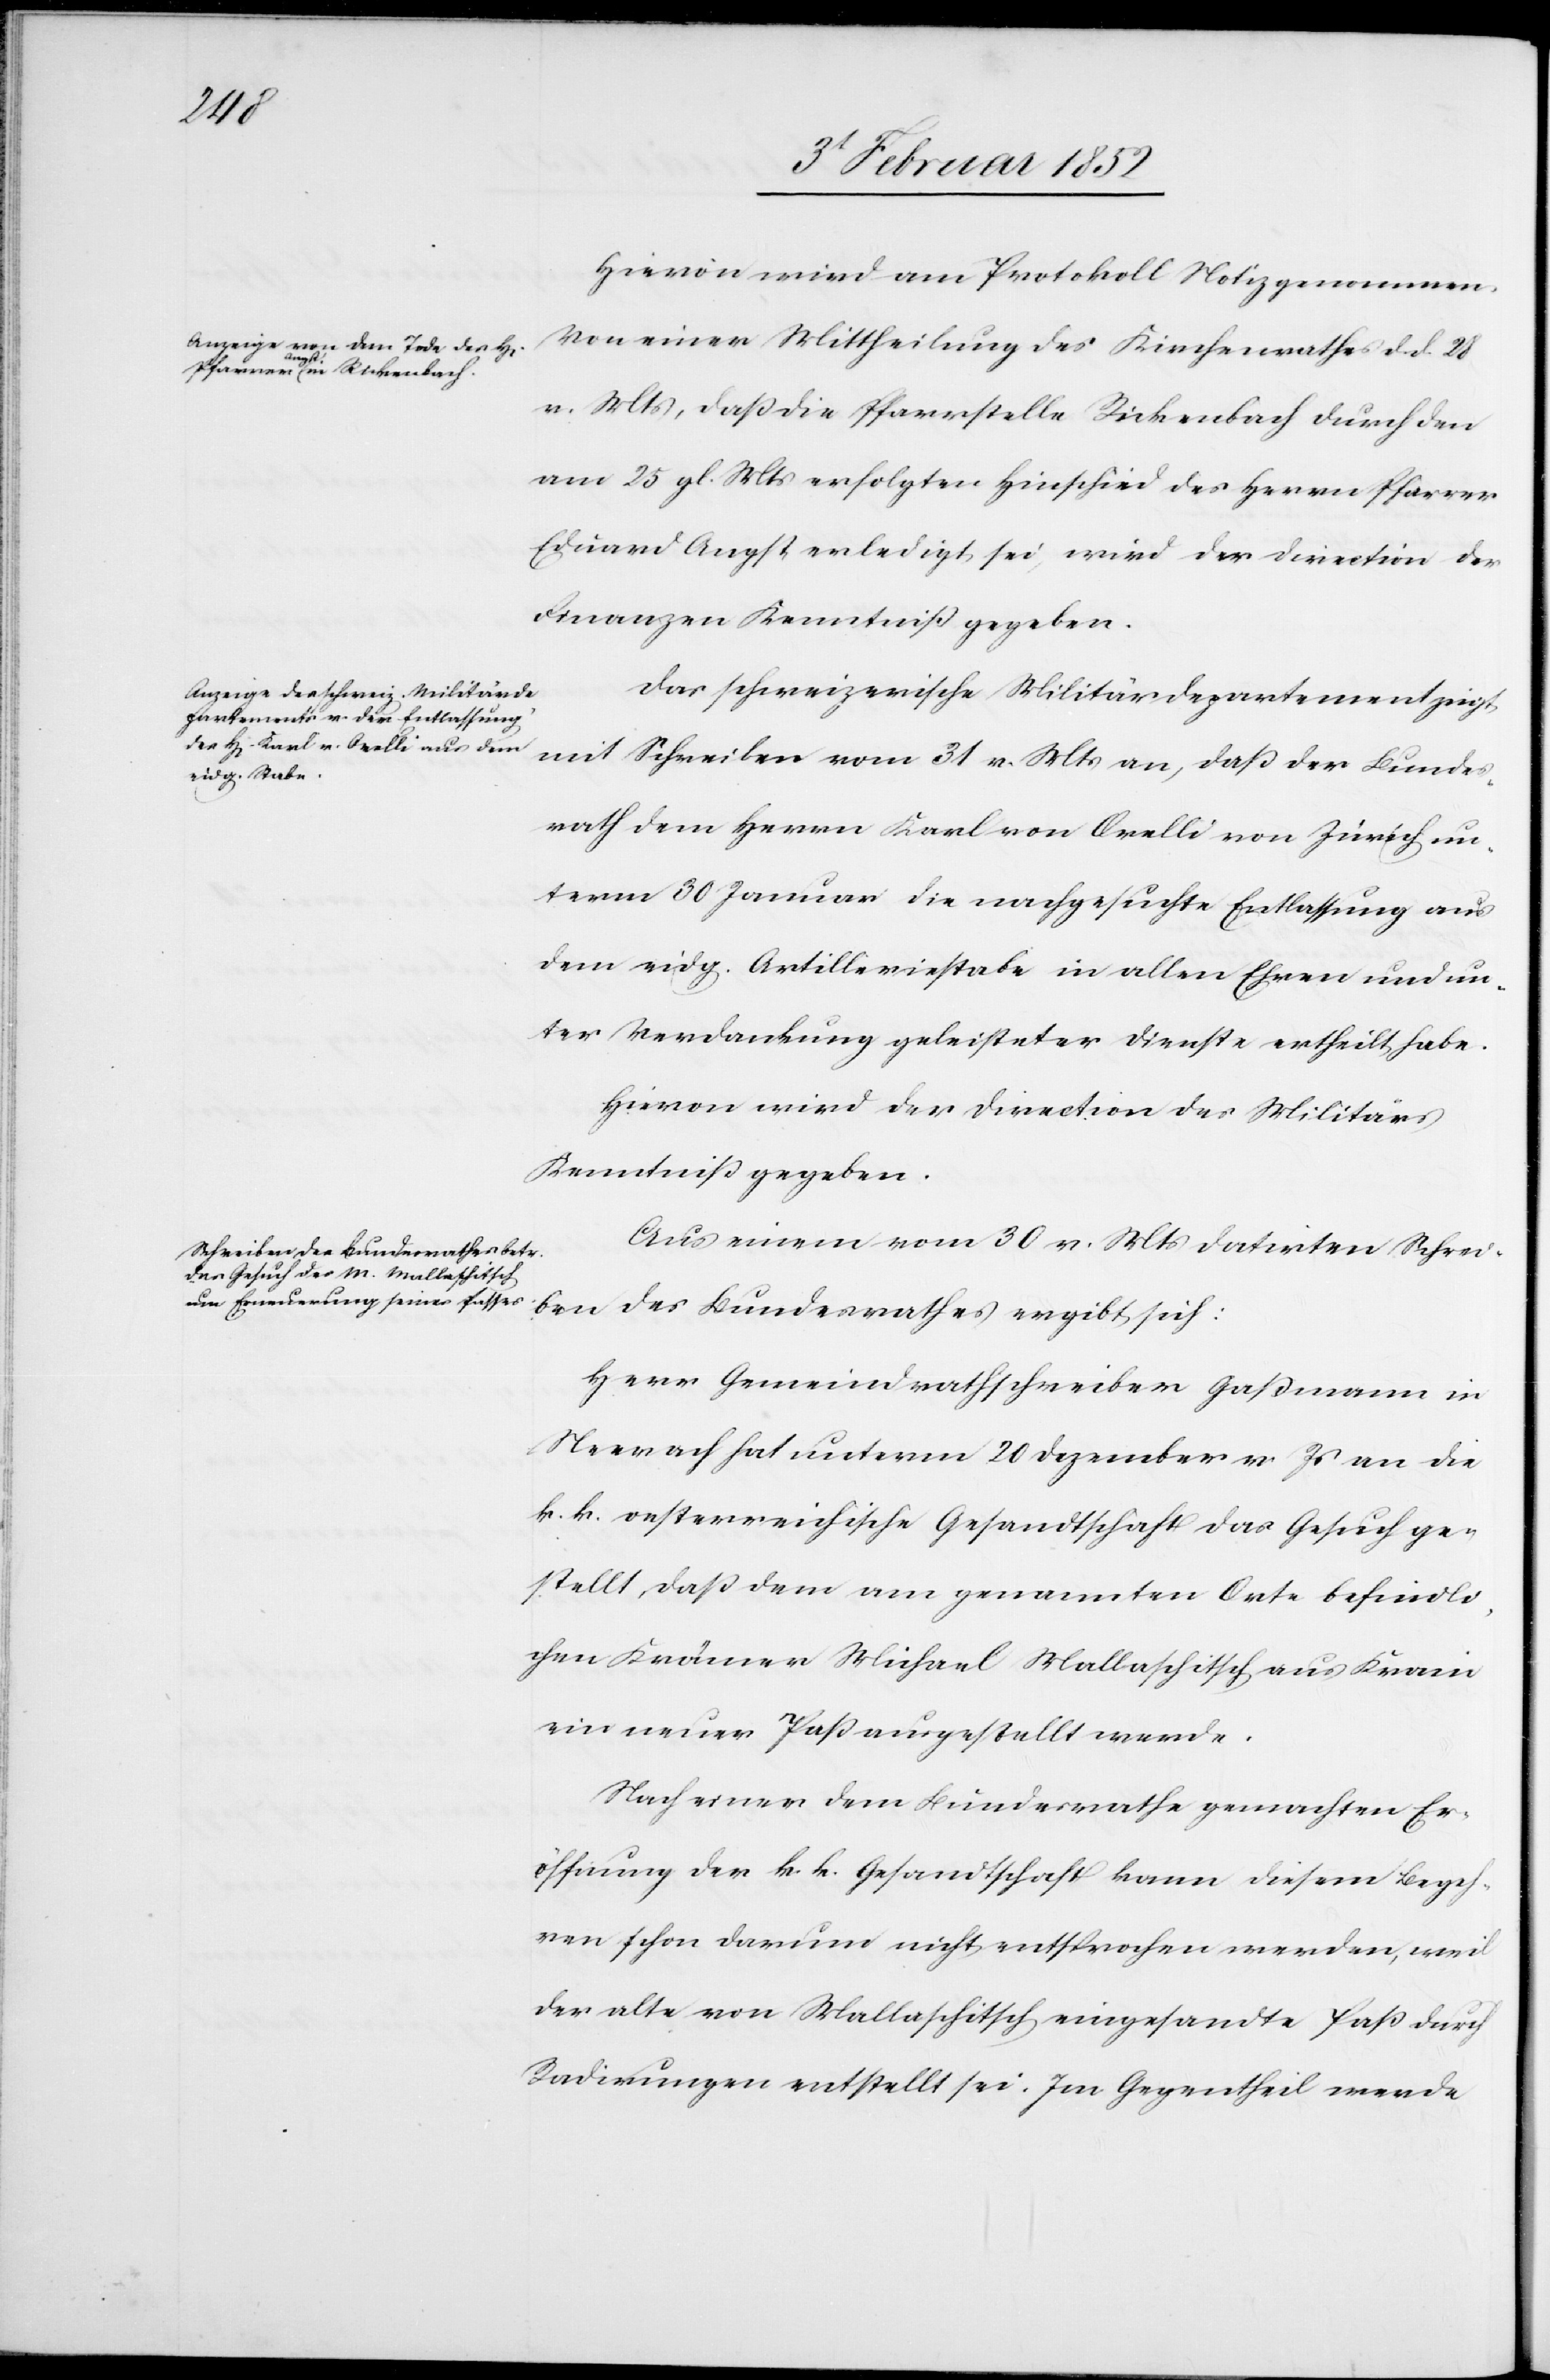
Hievon wird am Protokoll Notiz genommen.
Von einer Mittheilung des Kirchenrathes d. d. 28.
v. Mts, daß die Pfarrstelle Rickenbach durch den
am 25 gl. Mts erfolgten Hinschied des Herrn Pfarrer
Eduard Angst erledigt sei, wird der Direction der
Finanzen Kenntniß gegeben.
Das schweizerische Militärdepartement zeigt
mit Schreiben vom 31 v. Mts an, daß der Bundes¬
rath dem Herrn Karl von Orelli von Zürich un¬
term 30 Januar die nachgesuchte Entlassung aus
dem eidg. Artilleriestabe in allen Ehren und un¬
ter Verdankung geleisteter Dienste ertheilt habe.
Hiervon wird der Direction des Militärs
Kenntniß gegeben.
Aus einem vom 30 v. Mts datirten Schrei¬
ben des Bundesrathes ergibt sich:
Herr Gemeindrathschreiber Gaßmann in
Neerach hat unterm 20 Dezember v. Js an die
k. k. oesterreichische Gesandtschaft das Gesuch ge¬
stellt, daß dem am genannten Orte befindli¬
chen Krämer Michael Mallaschitsch aus Krain
ein neuer Paß ausgestellt werde.
Nach einer dem Bundesrathe gemachten Er¬
öffnung der k. k. Gesandtschaft kann diesem Begeh¬
ren schon darum nicht entsprochen werden, weil
der alte von Mallaschitsch eingesandte Paß durch
Radirungen entstellt sei. Im Gegentheil werde